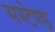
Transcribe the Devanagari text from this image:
सस्टेण्ड